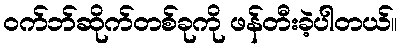
ဝက်ဘ်ဆိုက်တစ်ခုကို ဖန်တီးခဲ့ပါတယ်။